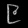
Digit: ၉